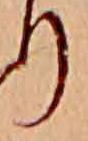
り